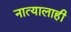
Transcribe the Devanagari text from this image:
नात्यालाही